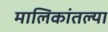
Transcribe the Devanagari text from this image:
मालिकांतल्या